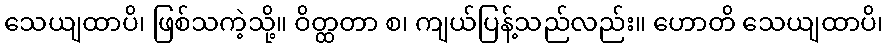
သေယျထာပိ၊ ဖြစ်သကဲ့သို့။ ဝိတ္ထတာ စ၊ ကျယ်ပြန့်သည်လည်း။ ဟောတိ သေယျထာပိ၊